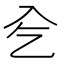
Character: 𠓟